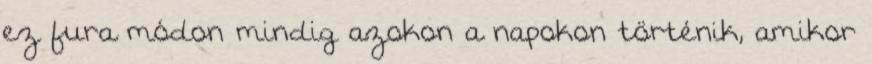
ez fura módon mindig azokon a napokon történik, amikor